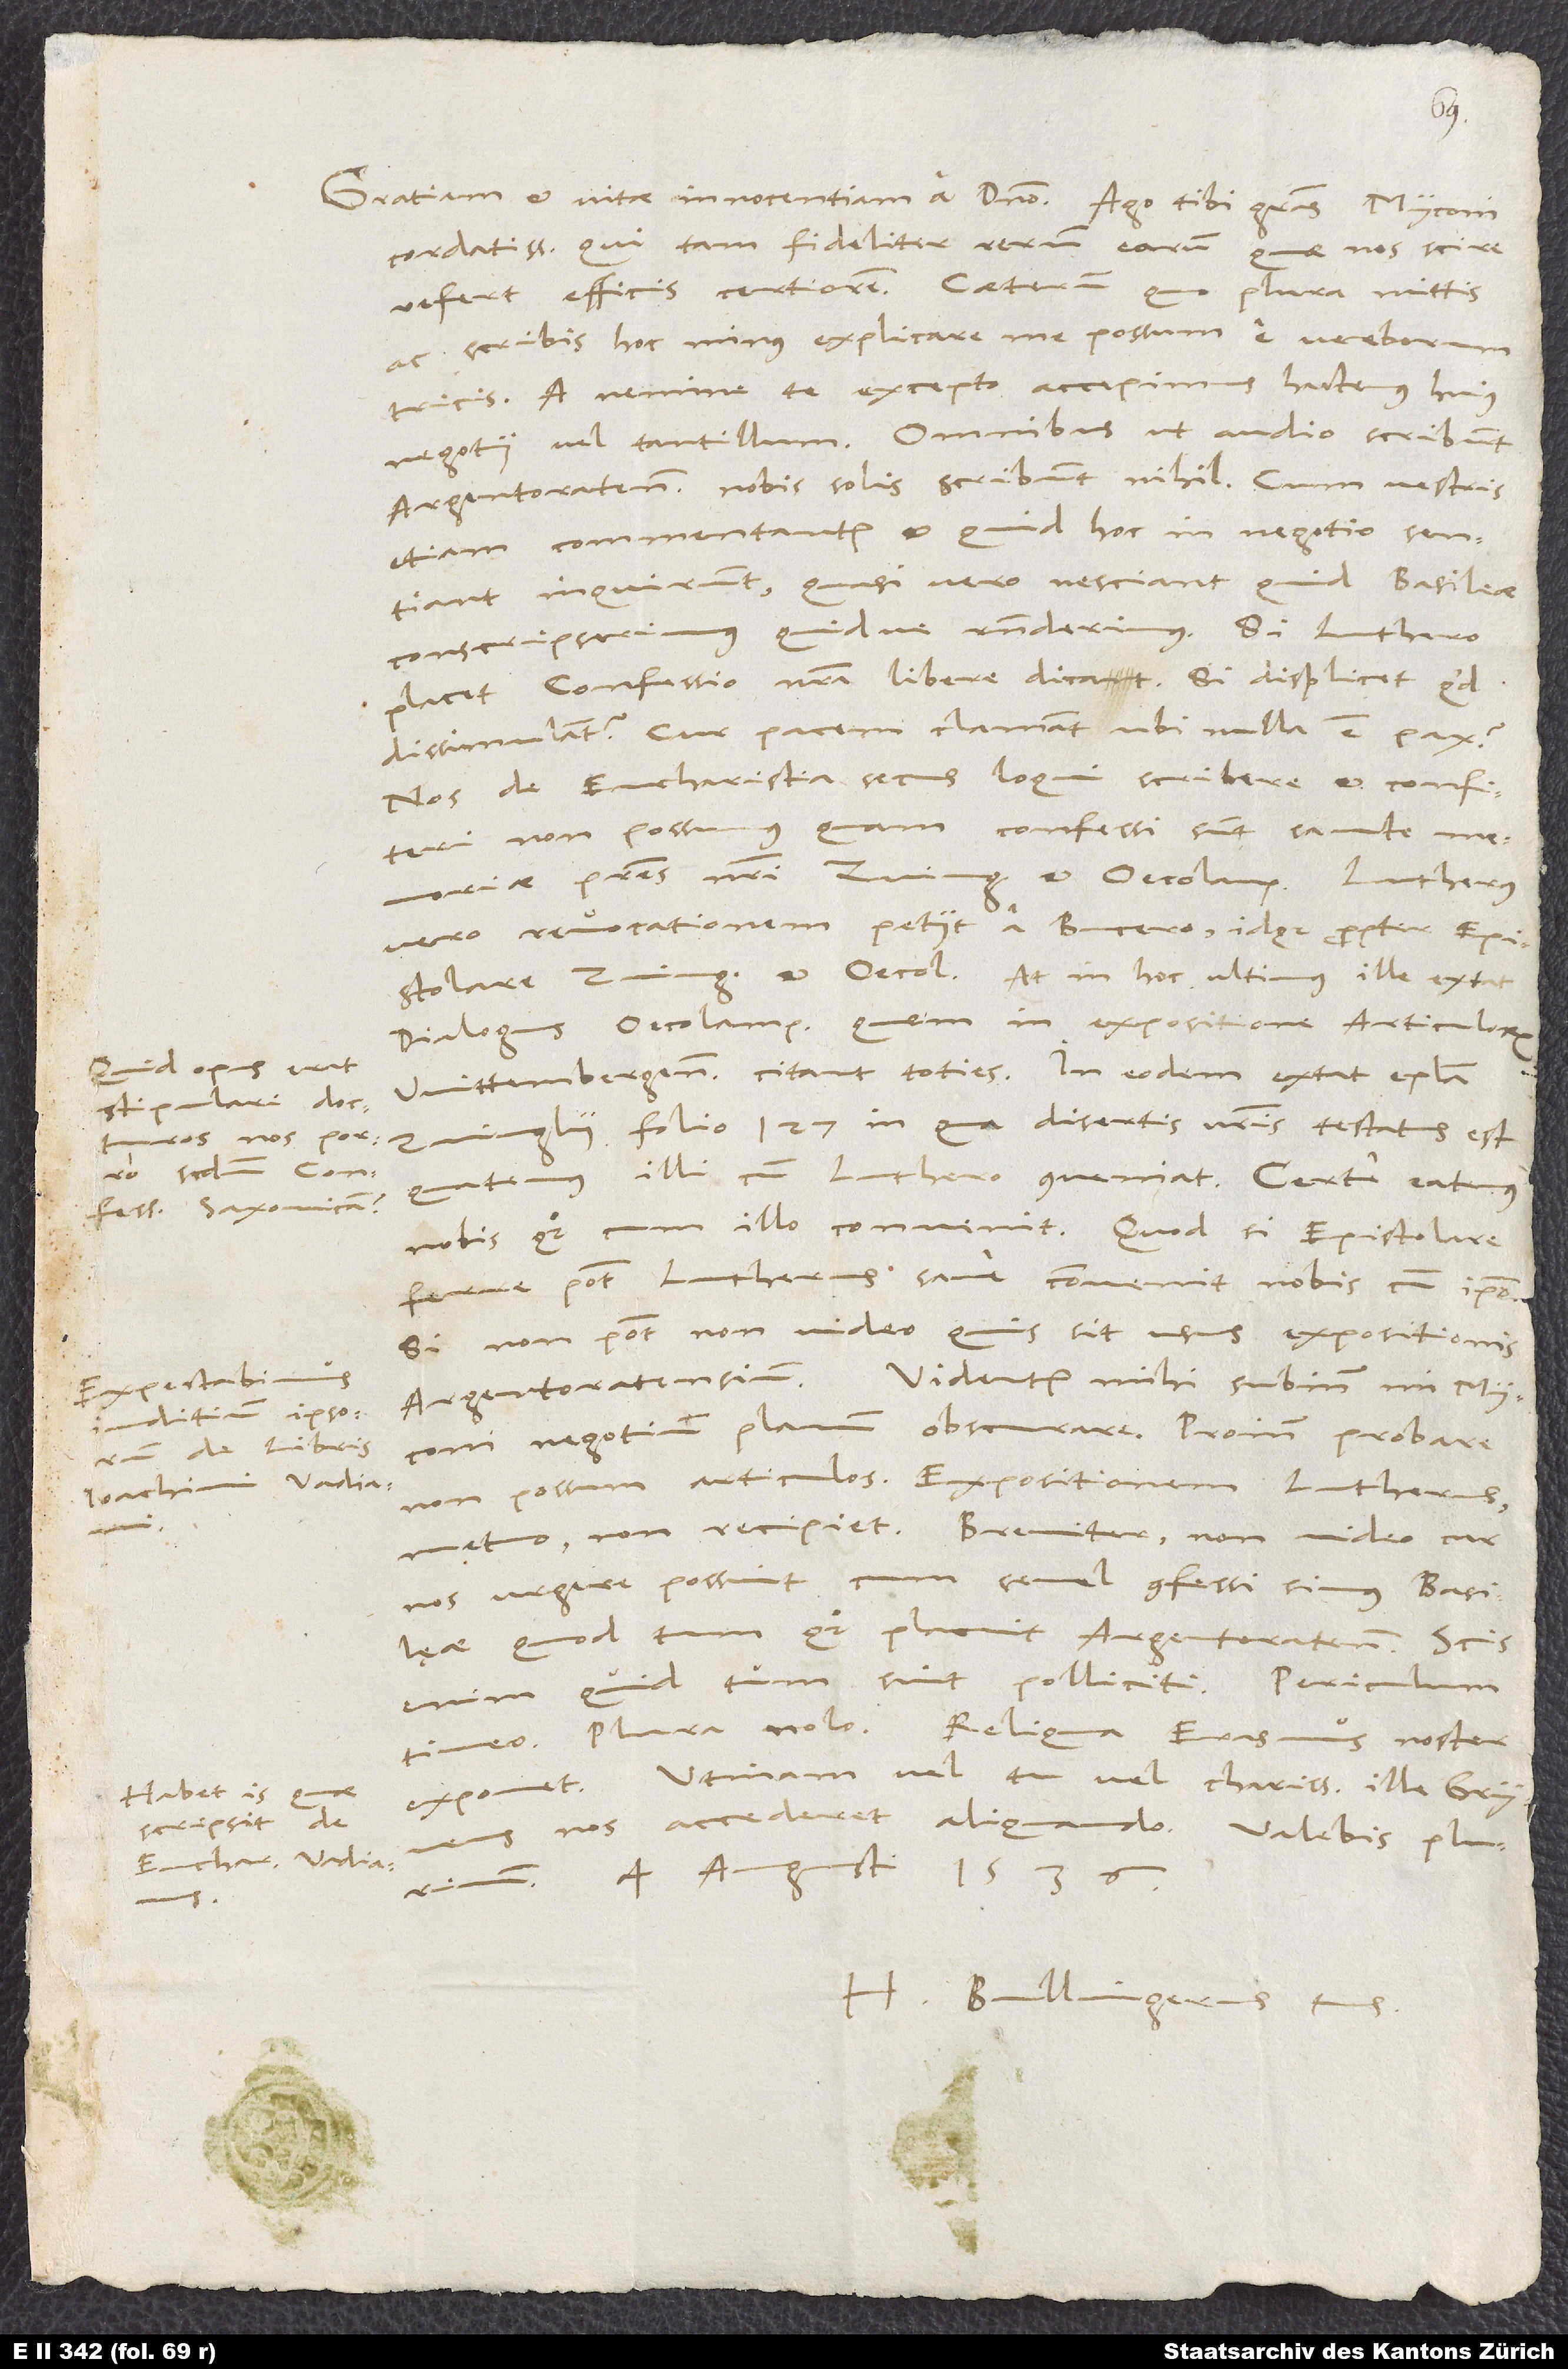
stipulari docturos
Saxonicam?
Expectabimus
iuditium ipsorum
de libris
Ioachimi Vadiani.
scripsit de

cordatissime, qui tam fideliter rerum earum, quae nos scire
refert, efficis certiorem. Caeterum, quo plura mittis
ac scribis, hoc minus explicare me possum e verborum
tricis. A nemine te excepto accepimus hactenus huius
negotii vel tantillum. Omnibus, ut audio, scribunt
Argentoratenses, nobis sous scribunt nihil. Cum vestris
etiam commentantur et, quid hoc in negotio sentiant,
inquirunt, quasi vero nesciant, quid Basileae
conscripserimus quidve responderimus. Si Luthero
placet confessio nostra, libere dicat. Si displicet, quid
dissimulant? Cur pacem clamant, ubi nulla est pax?
Nos de eucharistia secus loqui, scribere et confiteri
non possumus, quam confessi sunt sancte
memoriae patres nostri Zvinglius et Oecolampadius. Lutherus
vero revocationem petiit a Bucero idque propter epistolare
Zvinglii et Oecolampadii. At in hoc ultimus ille extat
dialogus Oecolampadii, quem in expositione articulorum
Wittembergensium citant toties. In eodem extat epistola
Zvinglii folio 127 in, qua disertis verbis testatus est,
quatenus illi cumLuthero conveniat. Certe eatenus
ferre potest Lutherus, sane convenit nobis cum ipso.
Si non potest, non video, quis sit usus expositionis
Argentoratensium. Videntur mihi subinde, mi Myconi,
non possum articulos. Expositionem Lutherus,
metuo, non recipiet. Breviter, non video, cur
nos urgere possint, cum semel confessi simus Basileae,
quod tum quoque placuit Argentoratensibus. Scis
enim, quid tum sint polliciti. Periculum
timeo. Plura nob. Reliqua Erasmus noster
Utinam vel tu vel charissimus ille Gryneus
4. augusti 1536.
H. Bullingerus tuus.